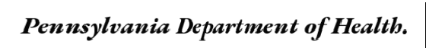
Pennsylvania Department of Health.